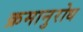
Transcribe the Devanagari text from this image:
क्रमानुरोध